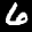
Digit: 6